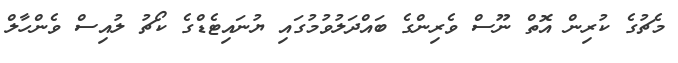
މެޗުގެ ކުރިން އޮތް ނޫސް ވެރިންގެ ބައްދަލުވުމުގައި ޔުނައިޓެޑްގެ ކޯޗު ލުއިސް ވެންހާލް